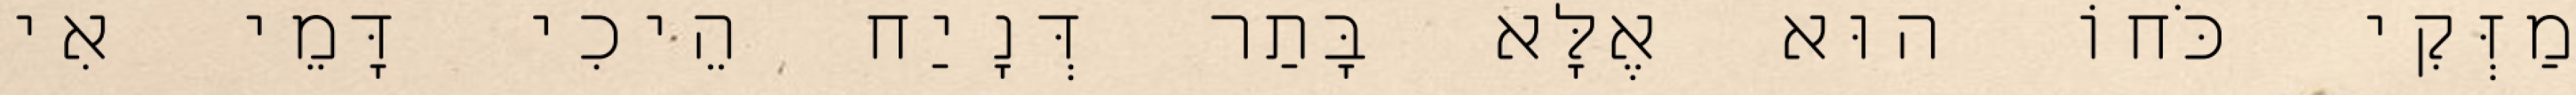
מַזְּקִי כֹּחוֹ הוּא אֶלָּא בָּתַר דְּנָיַח הֵיכִי דָּמֵי אִי